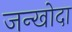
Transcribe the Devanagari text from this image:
जन्खोदा